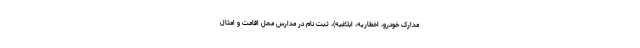
مدارک خودرو، اخطاریه، ابلاغیه)، ثبت نام در مدارس محل اقامت و امثال